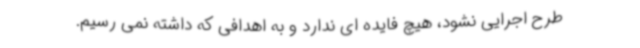
طرح اجرایی نشود، هیچ فایده ای ندارد و به اهدافی که داشته نمی رسیم.